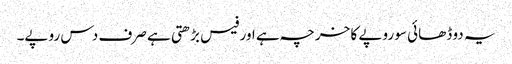
یہ دو ڈھائی سو روپے کا خرچہ ہے اور فیس بڑھتی ہے صرف دس روپے۔